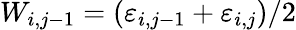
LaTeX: W_{i,j-1}=(\varepsilon_{i,j-1}+\varepsilon_{i,j})/2